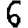
Digit: 6